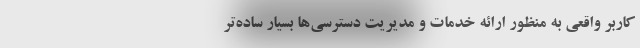
کاربر واقعی به منظور ارائه خدمات و مدیریت دسترسی‌ها بسیار ساده‌تر